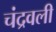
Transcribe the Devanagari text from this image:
चंद्रवली